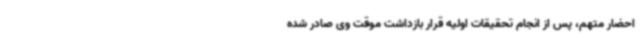
احضار متهم، پس از انجام تحقیقات اولیه قرار بازداشت موقت وی صادر شده